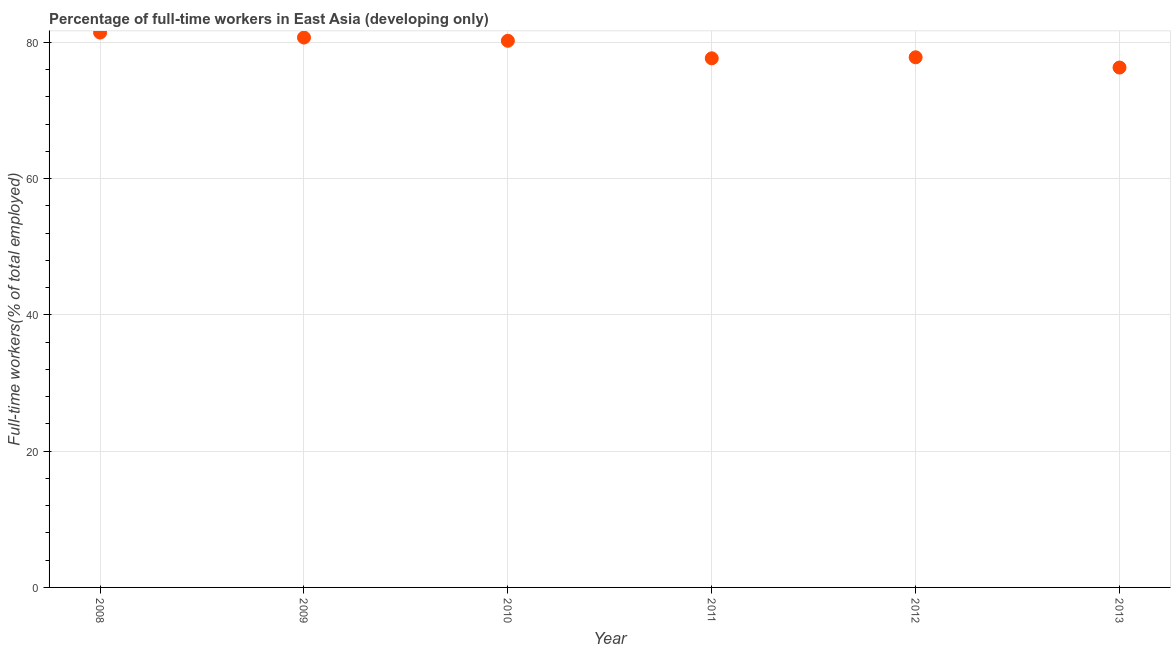
| Year | Wage and salaried workers |
 | --- | --- |
 | 2008 | 81.4 |
 | 2009 | 80.7 |
 | 2010 | 80.2 |
 | 2011 | 77.7 |
 | 2012 | 77.8 |
 | 2013 | 76.3 |